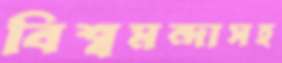
বিশ্বমন্দাসহ